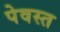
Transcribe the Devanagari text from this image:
पेवस्त